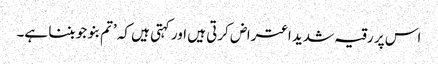
اس پر رقیہ شدید اعتراض کرتی ہیں اور کہتی ہیں کہ ’تم بنو جو بننا ہے۔